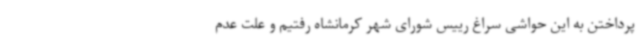
پرداختن به این حواشی سراغ رییس شورای شهر کرمانشاه رفتیم و علت عدم